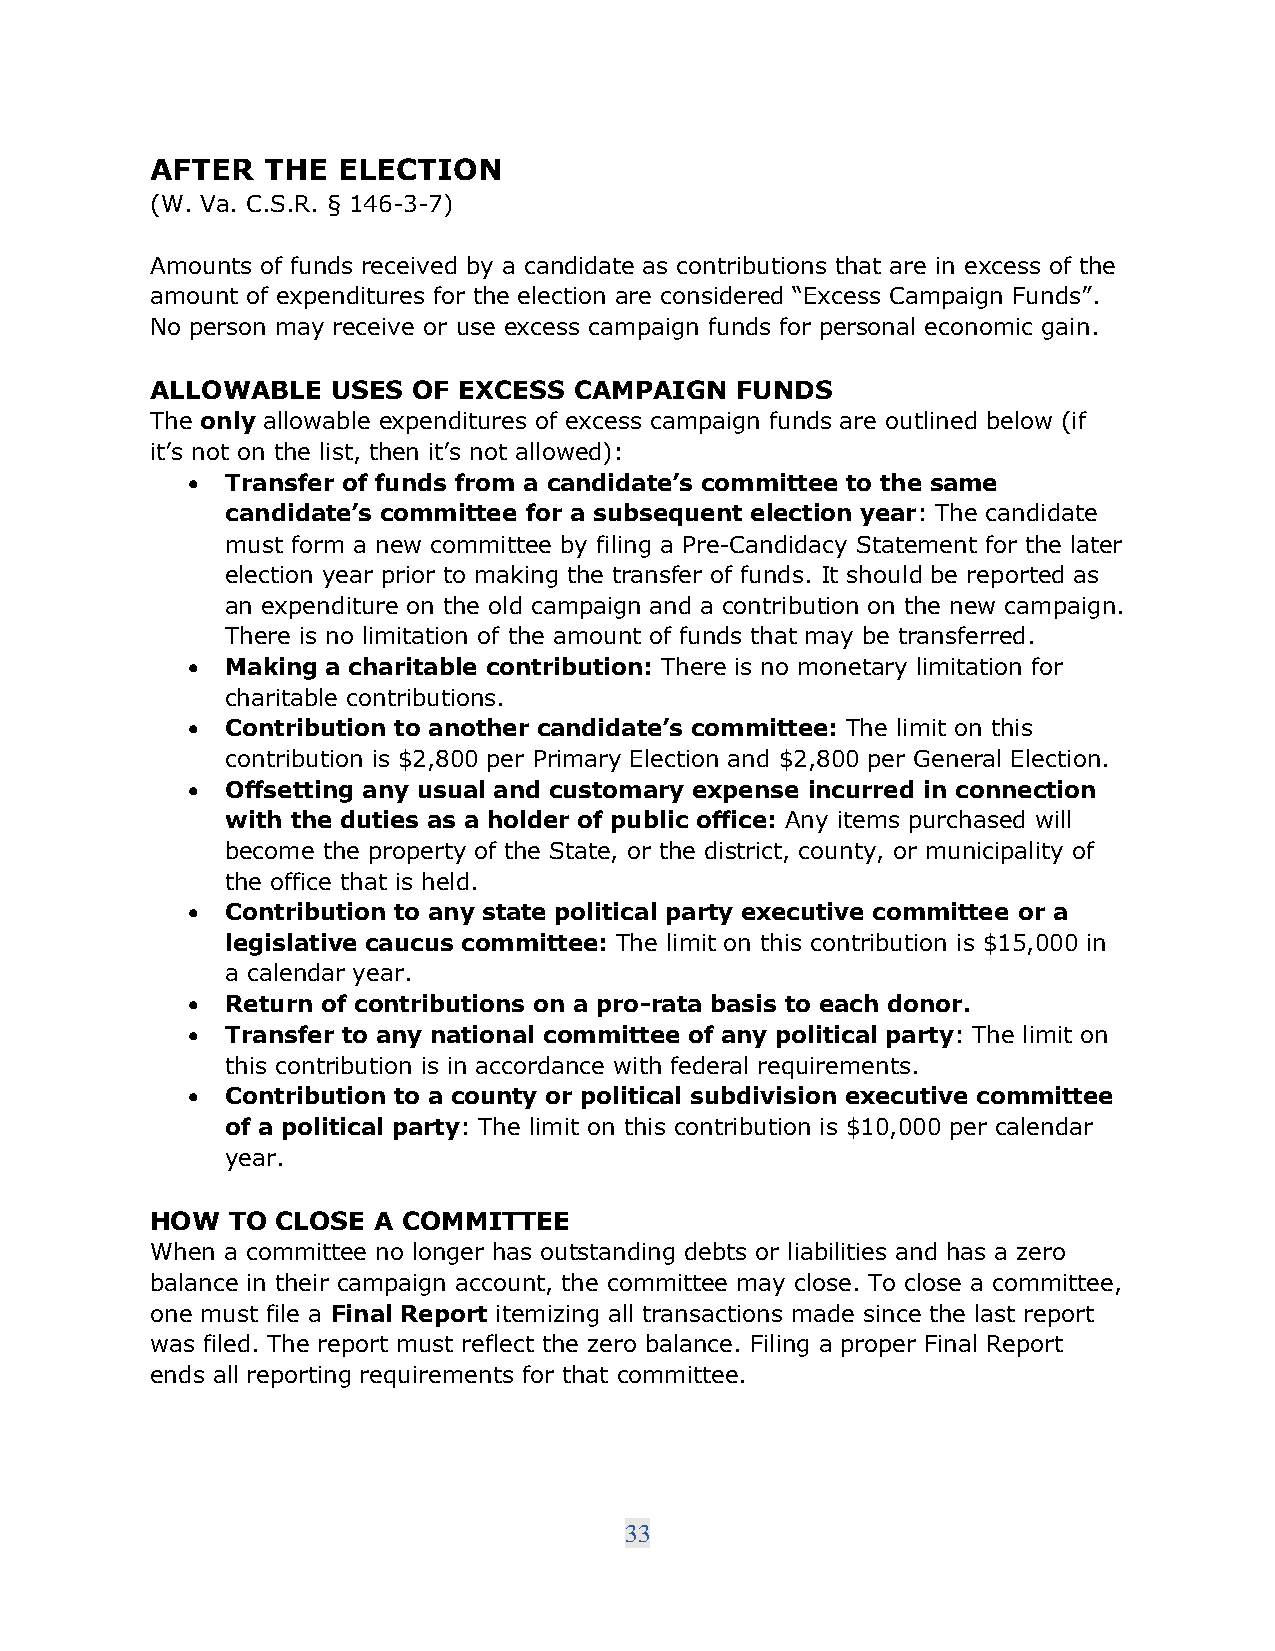
AFTER  THE  ELECTION
 (W. Va. C.S.R. § 146-3-7)
 Amounts of funds received by a candidate as contributions that are in excess of the
 amount of expenditures for the election are considered “Excess Campaign Funds”.
 No person may receive or use excess campaign funds for personal economic gain.
 ALLOWABLE   USES OF EXCESS  CAMPAIGN   FUNDS
 The only allowable expenditures of excess campaign funds are outlined below (if
 it’s not on the list, then it’s not allowed):
 •  Transfer of funds from a candidate’s committee to the same
 candidate’s committee for a subsequent election year: The candidate
 must form a new committee by filing a Pre-Candidacy Statement for the later
 election year prior to making the transfer of funds. It should be reported as
 an expenditure on the old campaign and a contribution on the new campaign.
 There is no limitation of the amount of funds that may be transferred.
 •  Making a charitable contribution: There is no monetary limitation for
 charitable contributions.
 •  Contribution to another candidate’s committee: The limit on this
 contribution is $2,800 per Primary Election and $2,800 per General Election.
 •  Offsetting any usual and customary expense incurred in connection
 with the duties as a holder of public office: Any items purchased will
 become the property of the State, or the district, county, or municipality of
 the office that is held.
 •  Contribution to any state political party executive committee or a
 legislative caucus committee: The limit on this contribution is $15,000 in
 a calendar year.
 •  Return of contributions on a pro-rata basis to each donor.
 •  Transfer to any national committee of any political party: The limit on
 this contribution is in accordance with federal requirements.
 •  Contribution to a county or political subdivision executive committee
 of a political party: The limit on this contribution is $10,000 per calendar
 year.
 HOW  TO CLOSE  A COMMITTEE
 When a committee no longer has outstanding debts or liabilities and has a zero
 balance in their campaign account, the committee may close. To close a committee,
 one must file a Final Report itemizing all transactions made since the last report
 was filed. The report must reflect the zero balance. Filing a proper Final Report
 ends all reporting requirements for that committee.
 33